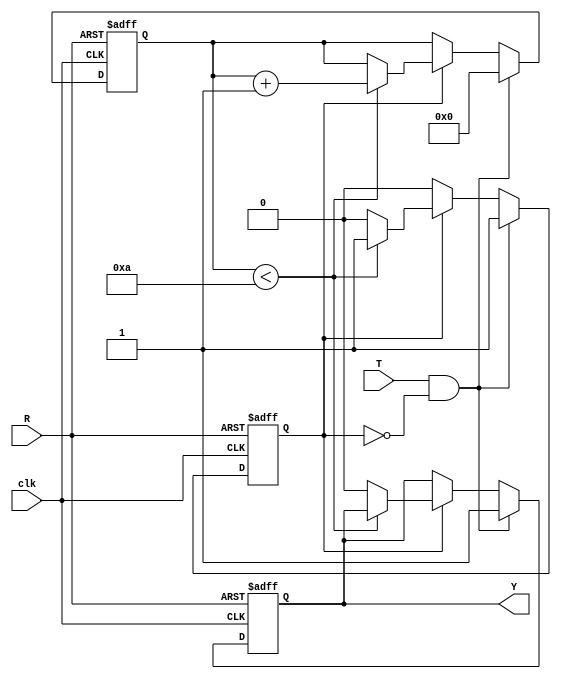
module hold_condition #(
    parameter H = 10 // Default hold time in clock cycles
)(
    input wire clk,   // Clock input
    input wire T,     // Trigger input
    input wire R,     // Reset input
    output reg Y      // Hold output
);

    reg [31:0] hold_counter; // Counter to track hold duration
    reg hold_active;         // Flag to indicate if hold is active

    // State definitions
    localparam DEFAULT_STATE = 1'b0; // Default state for output
    localparam HELD_STATE = 1'b1;    // Held state for output

    always @(posedge clk or posedge R) begin
        if (R) begin
            // Reset condition
            Y <= DEFAULT_STATE;
            hold_active <= 1'b0;
            hold_counter <= 0;
        end else if (T && !hold_active) begin
            // Rising edge detected on T
            Y <= HELD_STATE; // Capture the held state
            hold_active <= 1'b1; // Activate hold
            hold_counter <= 0; // Reset counter
        end else if (hold_active) begin
            // Increment the hold counter
            if (hold_counter < H) begin
                hold_counter <= hold_counter + 1;
            end else begin
                // Hold duration expired
                Y <= DEFAULT_STATE; // Return to default state
                hold_active <= 1'b0; // Deactivate hold
            end
        end
    end

endmodule